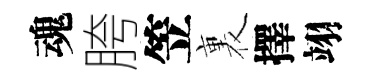
魂胯笠裏擇翊